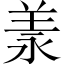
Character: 羕